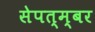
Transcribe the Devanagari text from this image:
सेपत्म्बर